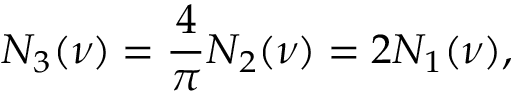
N _ { 3 } ( \nu ) = { \frac { 4 } { \pi } } N _ { 2 } ( \nu ) = 2 N _ { 1 } ( \nu ) ,